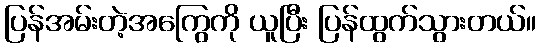
ပြန်အမ်းတဲ့အကြွေကို ယူပြီး ပြန်ထွက်သွားတယ်။